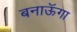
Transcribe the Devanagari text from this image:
बनाऊॅगा